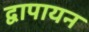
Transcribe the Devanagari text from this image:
द्वापायन